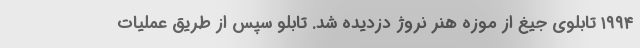
۱۹۹۴ تابلوی جیغ از موزه هنر نروژ دزدیده شد. تابلو سپس از طریق عملیات